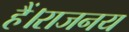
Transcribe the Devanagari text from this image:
हैं।राजनय